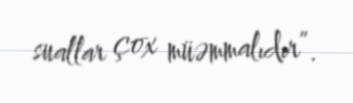
suallar çox müəmmalıdır”.